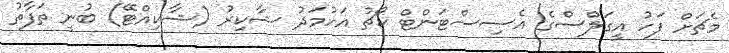
މެޗަށް ފަހު އީގަލްސްގެ އެސިސްޓަންޓް ކޯޗު އަހުމަދު ޝާކިރު (ޝާކިއްޓޭ) ބުނީ ތަފާތު